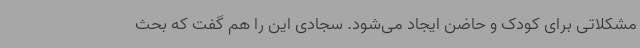
مشکلاتی برای کودک و حاضن ایجاد می‌شود. سجادی این را هم گفت که بحث